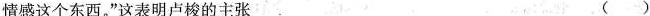
情感这个东西。”这表明卢梭的主张 ( )